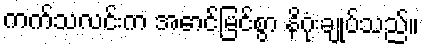
ကက်သလင်းက အောင်မြင်စွာ နိဂုံးချုပ်သည်။